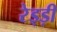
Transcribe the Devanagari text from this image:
रेड्ड़ी